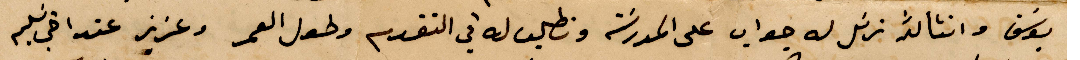
يوسف وانشالله نرسل له جواب على المدرسة ونطلب له في التقدم وطول العمر وعزيز عند اخي سليم